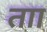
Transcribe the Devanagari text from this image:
ताा